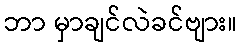
ဘာ မှာချင်လဲခင်ဗျား။